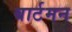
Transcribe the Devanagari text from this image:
बार्टमन